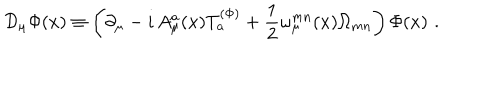
{ \cal D } _ { \mu } \Phi ( x ) \equiv \left( \partial _ { \mu } - i \, { A _ { \mu } ^ { a } } ( x ) T _ { a } ^ { ( \Phi ) } + \frac 1 2 \omega _ { \mu } ^ { m n } ( x ) \Omega _ { m n } \right) \Phi ( x ) \, \, .